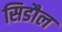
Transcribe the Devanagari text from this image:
सिडौल